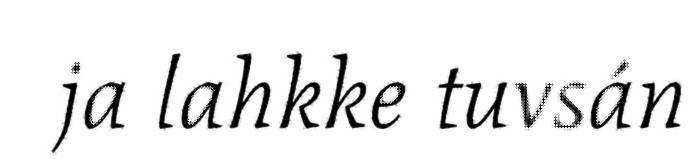
ja lahkke tuvsán